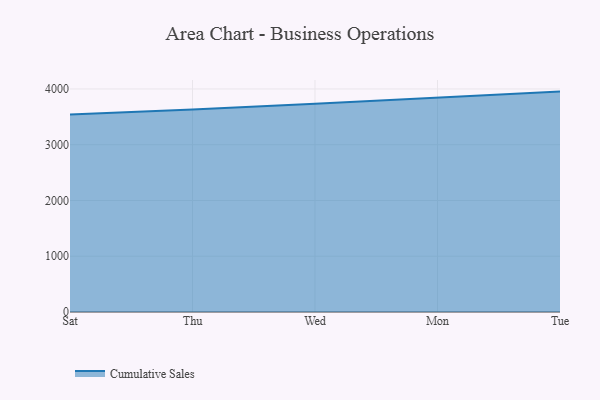
{"axis": {"x": "Day", "y": "Backlog"}, "legend": ["Cumulative Sales"], "data": [{"x": "Sat", "y": 3543.0, "type": "Cumulative Sales"}, {"x": "Thu", "y": 3630.6, "type": "Cumulative Sales"}, {"x": "Wed", "y": 3735.4, "type": "Cumulative Sales"}, {"x": "Mon", "y": 3847.3, "type": "Cumulative Sales"}, {"x": "Tue", "y": 3952.4, "type": "Cumulative Sales"}]}